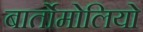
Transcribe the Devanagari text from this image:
बार्तोमोलियो